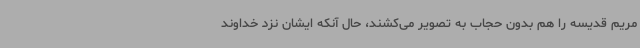
مریم قدیسه را هم بدون حجاب به تصویر می‌کشند، حال آنکه ایشان نزد خداوند